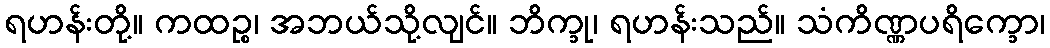
ရဟန်းတို့။ ကထဉ္စ၊ အဘယ်သို့လျင်။ ဘိက္ခု၊ ရဟန်းသည်။ သံကိဏ္ဏပရိက္ခော၊